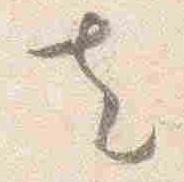
去